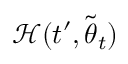
\mathcal { H } ( t ^ { \prime } , \tilde { { \boldsymbol { \theta } } } _ { t } )